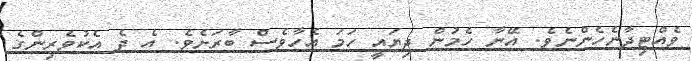
ވެއްޓިދާނެހެންނެވެ. އޭނާ ހެމުން ދިޔައީ ހަމަ އެހާވެސް ބާރަށެވެ. އެ ދެ އެކުވެރިންގެ